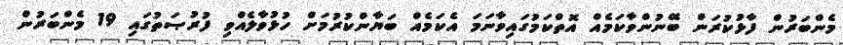
މެންބަރުން ފާޅުކުރަން ބޭނުންވާކަމެއް އޮތްކަމުގައިވާނަމަ އެކަމެއް ބަޔާންކުރުމަށް ހުޅުވާލެއްވި ފުރުޞަތުގައި 19 މެންބަރުން